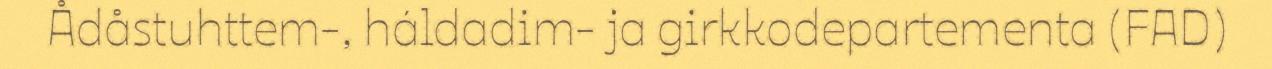
Ådåstuhttem-, háldadim- ja girkkodepartementa (FAD)